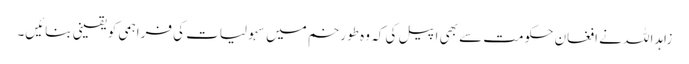
زاہداللہ نے افغان حکومت سے بھی اپیل کی کہ وہ طورخم میں سہولیات کی فراہمی کو یقینی بنائیں۔